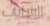
الشابات